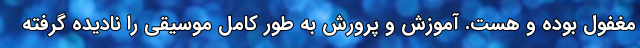
مغفول بوده و هست. آموزش و پرورش به طور کامل موسیقی را نادیده گرفته